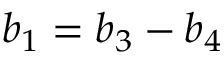
b _ { 1 } = b _ { 3 } - b _ { 4 }